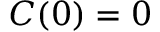
C ( 0 ) = 0